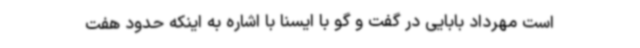
است مهرداد بابایی در گفت و گو با ایسنا با اشاره به اینکه حدود هفت